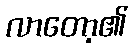
လာတော့၏